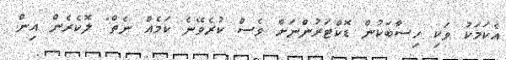
އެކަމަކު ވަކި ހިސާބަކުން ޑޮކްޓަރުންނަށް ވެސް ކުރެވޭނެ ކަމެއް ނެތް" ލޮކެރެން އިން